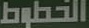
الخطوط